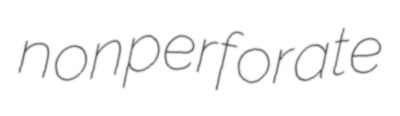
nonperforate